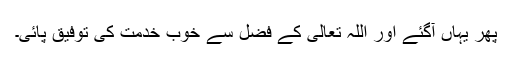
پھر یہاں آگئے اور اللہ تعالیٰ کے فضل سے خوب خدمت کی توفیق پائی۔